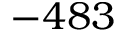
- 4 8 3